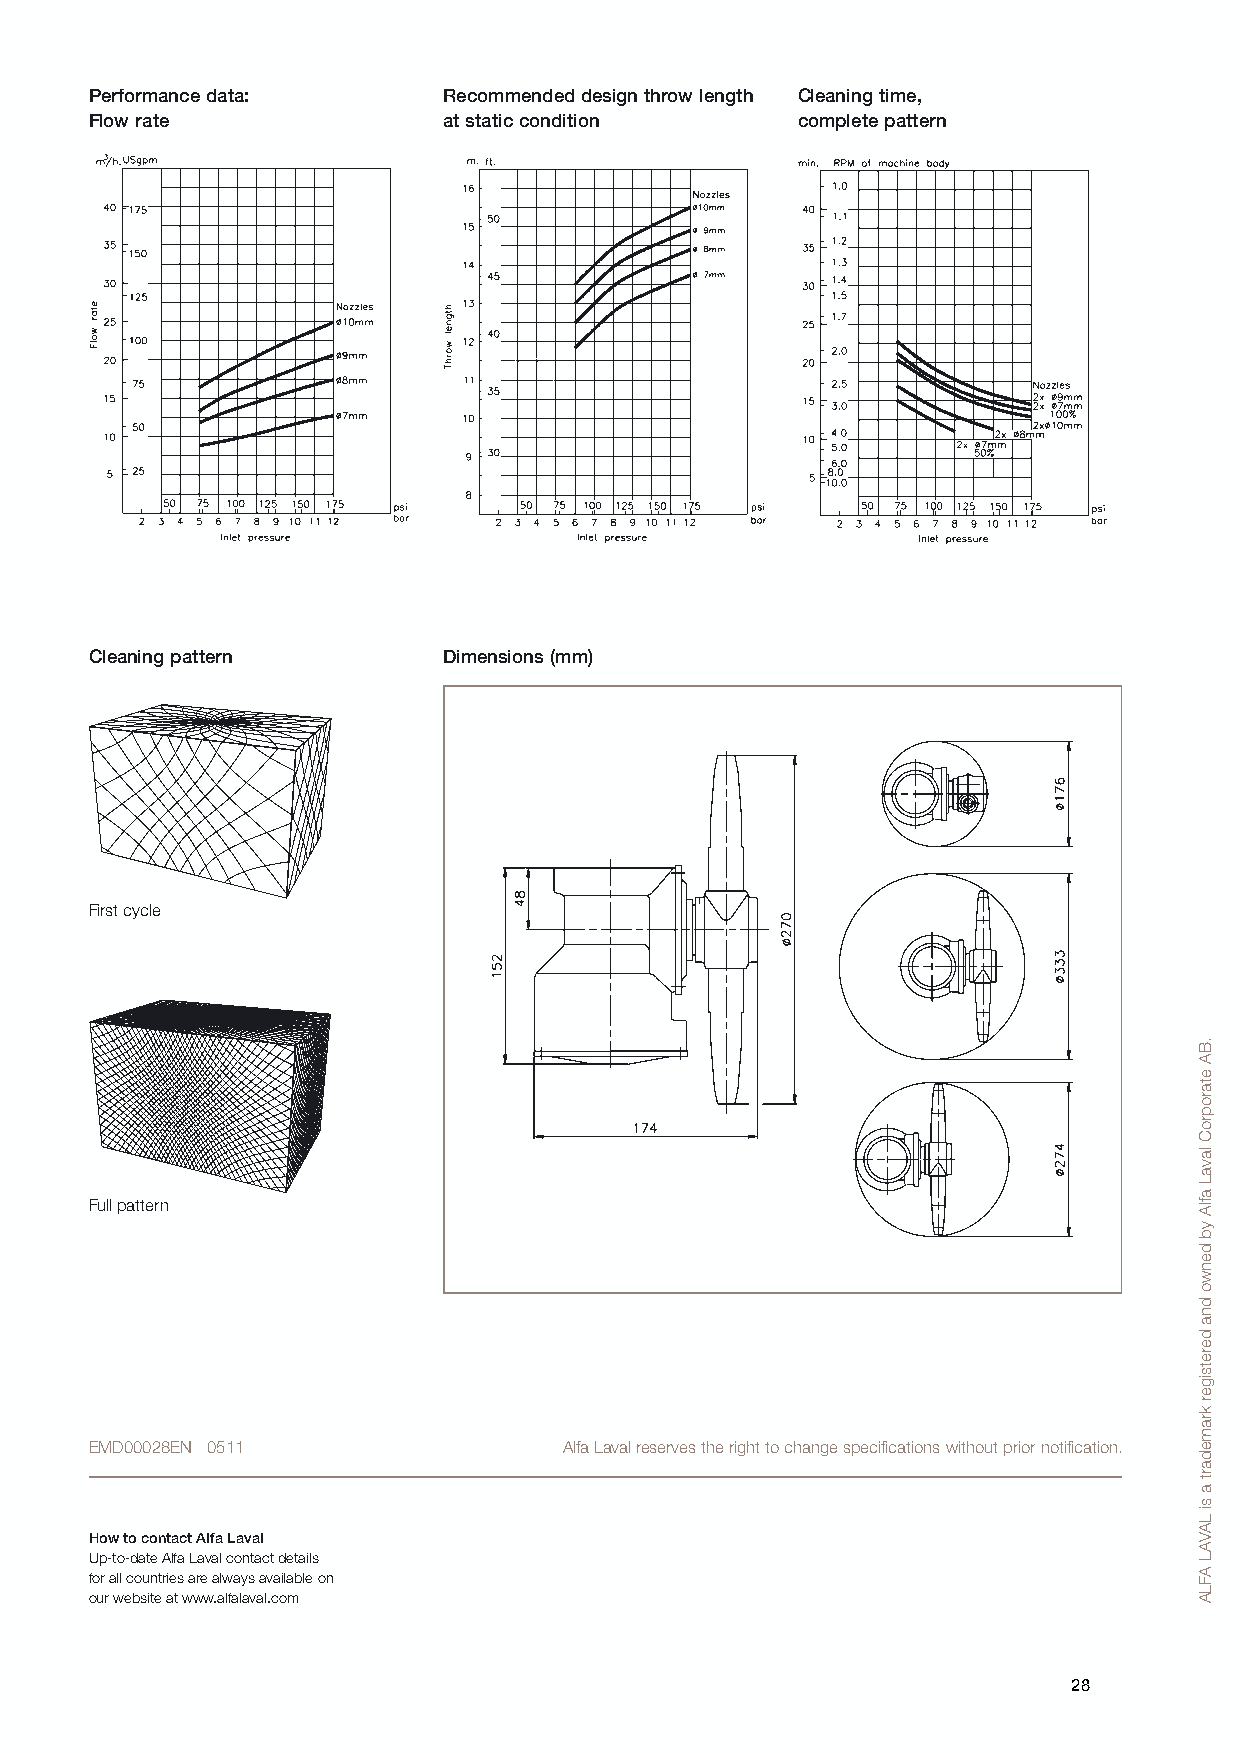
Performance data:      Recommended design throw length Cleaning time,
 Flow rate              at static condition     complete pattern
 Cleaning pattern       Dimensions (mm)
 First cycle
 Full pattern
 EMD00028EN 0511                Alfa Laval reserves the right to change specifications without prior notification.
 How to contact Alfa Laval
 Up-to-date Alfa Laval contact details
 for all countries are always available on
 our website at www.alfalaval.com
 28
 .BA
 etaroproC
 lavaL
 aflA
 yb
 denwo
 dna
 deretsiger
 kramedart
 a
 si
 LAVAL
 AFLA